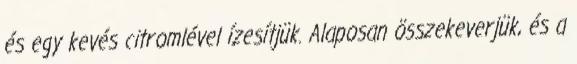
és egy kevés citromlével ízesítjük. Alaposan összekeverjük, és a